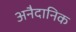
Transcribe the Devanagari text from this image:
अनैदानिक